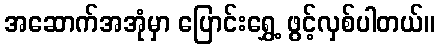
အဆောက်အအုံမှာ ပြောင်းရွှေ့ ဖွင့်လှစ်ပါတယ်။